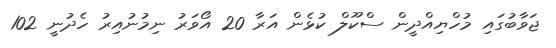
ޖަވާބުގައި މުހްޔިއްދީން ސްކޫލް ކުޅެން އަރާ 20 އޯވަރު ނިމުުނުއިރު ހެދުނީ 102